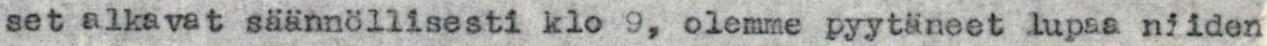
set alkavat säännöllisesti klo 9, olemme pyytäneet lupaa niiden